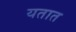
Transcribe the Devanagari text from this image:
यतात